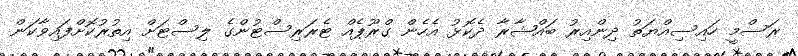
ރަސްމީ ހައިސިއްޔަތު ދިންއިރު ބައްޝާރާ ދެކޮޅު އެހެން ގްރޫޕެއް ޓެރަރިސްޓުންގެ ލިސްޓަށް އިތުރުކޮށްފައިވާކަން